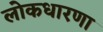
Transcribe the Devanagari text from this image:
लोकधारणा